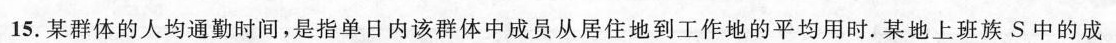
15.某群体的人均通勤时间，是指单日内该群体中成员从居住地到工作地的平均用时.某地上班族S中的成